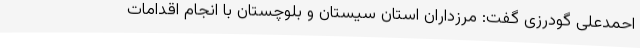
احمدعلی گودرزی گفت: مرزداران استان سیستان و بلوچستان با انجام اقدامات